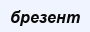
брезент